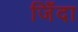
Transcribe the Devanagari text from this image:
जिँदा